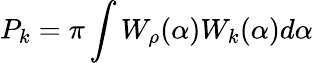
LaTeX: P_{k}=\pi\int W_{\rho}(\alpha)W_{k}(\alpha)d\alpha